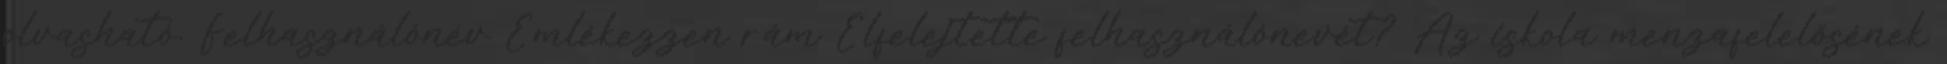
olvasható. Felhasználónév Emlékezzen rám Elfelejtette felhasználónevét? Az iskola menzafelelősének